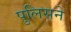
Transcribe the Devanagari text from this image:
पुलिसने